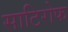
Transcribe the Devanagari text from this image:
साटिरोफ